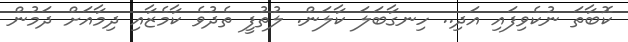
ކޮބާތަ ނުކެވިފައި އަދި.. ހިނގާބަލަ ކާލަން. ލުތުފީ ތެދުވެ ކާމެޒާއި ދިމާއަށް ދަމުން